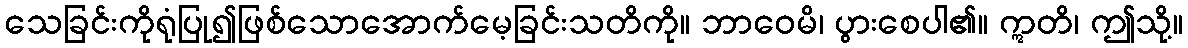
သေခြင်းကိုရုံပြု၍ဖြစ်သောအောက်မေ့ခြင်းသတိကို။ ဘာဝေမိ၊ ပွားစေပါ၏။ ဣတိ၊ ဤသို့။